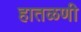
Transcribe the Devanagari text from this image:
हातळणी